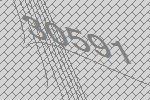
30591